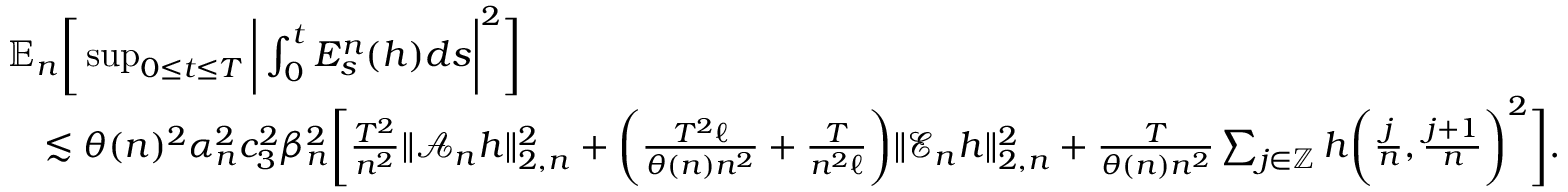
\begin{array} { r l } & { \mathbb { E } _ { n } \bigg [ \operatorname* { s u p } _ { 0 \le t \le T } \bigg | \int _ { 0 } ^ { t } E _ { s } ^ { n } ( h ) d s \bigg | ^ { 2 } \bigg ] } \\ & { \quad \lesssim \theta ( n ) ^ { 2 } \alpha _ { n } ^ { 2 } c _ { 3 } ^ { 2 } \beta _ { n } ^ { 2 } \bigg [ \frac { T ^ { 2 } } { n ^ { 2 } } \| \mathscr { A } _ { n } h \| _ { 2 , n } ^ { 2 } + \bigg ( \frac { T ^ { 2 } \ell } { \theta ( n ) n ^ { 2 } } + \frac { T } { n ^ { 2 } \ell } \bigg ) \| \mathscr { E } _ { n } h \| _ { 2 , n } ^ { 2 } + \frac { T } { \theta ( n ) n ^ { 2 } } \sum _ { j \in \mathbb { Z } } h \bigg ( \frac { j } { n } , \frac { j + 1 } { n } \bigg ) ^ { 2 } \bigg ] . } \end{array}